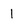
Character: 1